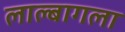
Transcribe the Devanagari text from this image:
लाल्बागला